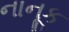
નાનૂક